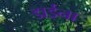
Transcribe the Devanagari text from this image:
डाईना